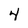
Character: 4